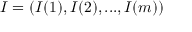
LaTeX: I = ( I ( 1 ) , I ( 2 ) , . . . , I ( m ) )